Annual report on the working of the lock hospitals in the Central Provinces
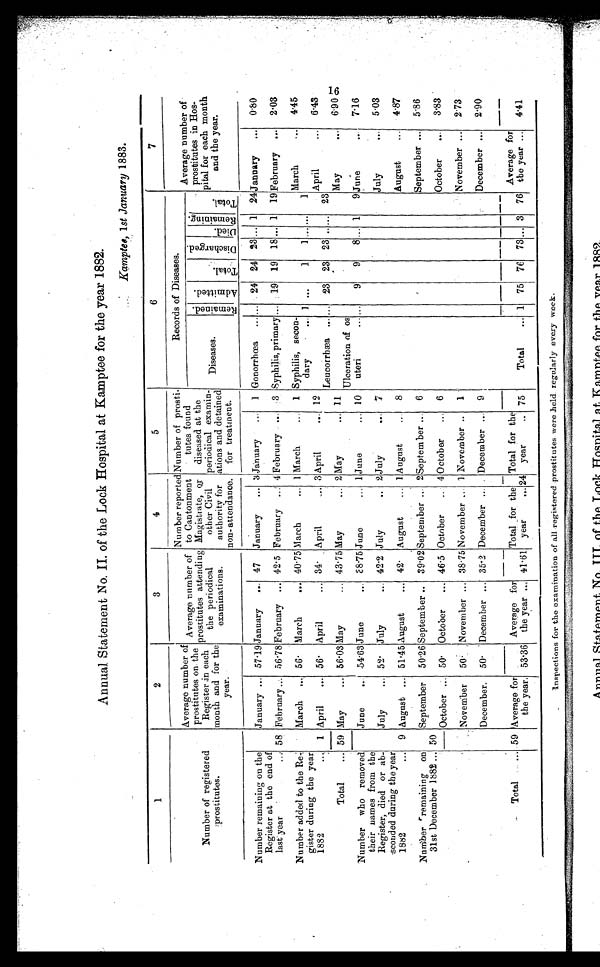
Annual. Statement No. II . of the Lock Hospital at Kamptee for the year 1882.
Kamptee, 1 st January 1883.
1
2
3
4
5
6
7
Number of registered
prostitutes.
Average number of
prostitutes on the
Register -in each
month and for the
year.
Average number of
prostitutes attending
the periodical
examinations.
Number reported
to Cantonment
Magistrate, es.
other Civil
authority for
non- attendance.
Number of prosti.
tutes found
diseased at the
periodical examen-
ations and detained
for treatment.
Records of Diseases.
Average number of
prostitutes in Hos-
petal for each month
and the year.
Diseases.
R e m a i n e d .
A d m i t t e d .
T o t a l .
D i s c h a r g e d .
D i e d . R e m a i n i n g . T o t a l .
Number remaining on the
Register at the end of
last. year
.. :
January ... 57'19 January
... 47 January
... 3 January
... 1 Gonorrhea ...... 24 24 23 ... 1 24 January
... 0-80
58 February .... 56 . 78 February ... 42'5 February .. 4 February ... : 3 Syphilis, primary ... 19 19 18 ... 1 19 February ... 2'03
Number added to the Re .:.
g ester during the year
1882
..,
March ,.. 56 . March
... 40-75 March
... 1 March
... 1 Syphilis, secon-
dary
..
. . .
1
1 ... ...
1
March
... 4.45
1 April
... 56' April
... 34. April
... 3 April.., — 12
April
... 6'43
Total
...
Leucorrha ...... 23 23 23 ..... 23
59 May
,... 56 . 03 May
... 43 . 75 May
... 2 May
... 11
May
...
6. 90 (Ù
lceration of os
Number who removed
their names from the
Register, died or ab-
:sconded during the year
1882
...
June
.. .54'63 June
,.. E 8 .75 June
... 1 June
... 10
uteri
......
9
9
8 ... 1
9 June
7.16
July
... 52 . July
... 42-2 July
.. 2 July
.. . ' .e
July
...
5.03
9 August .... 51 . 45 August
... 42'
August
... 1 August
...
8
August
...
4'87
Number 'remaining on
31st December 1882 ...
September 50-26 September .. 39'02 September .. 2 September ..
6
'
September ..,
5.86
50
October ... 50' October
... 46-5 October
.. 4 October
... 6
October
...
3.83
—
.
NoveMber
50' November ... 38-75 November _ 1 November ..
1 '
November ...
2 . 73
December. 50' ' December ... 35°2 December ... . December ... 9
..—...—
............
December ...
2'90
_
Total
... 59 Average for
Average for
— —
Total for the
_
Total for the
_ ....._
Average for
theyear. 53'36 the year .., 41'61 year
... 24 year
.. 75
Total
... 1 75 76 73...
76 the year ... 4 4'41 '
inspections for the examination of all registered prostitutes were held regularly every week.